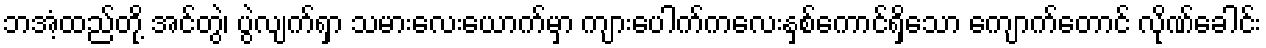
ဘအံ့ထည်တို့ အင်တွဲ၊ ပွဲလျက်ရှာ သမားလေးယောက်မှာ ကျားပေါက်ကလေးနှစ်ကောင်ရှိသော ကျောက်တောင် လိုဏ်ခေါင်း